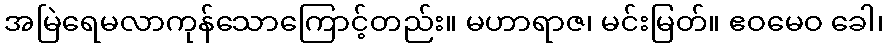
အမြဲရေမလာကုန်သောကြောင့်တည်း။ မဟာရာဇ၊ မင်းမြတ်။ ဧဝမေဝ ခေါ၊